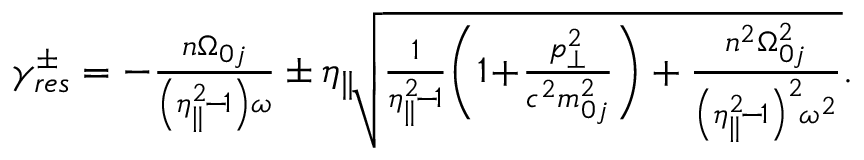
\begin{array} { r } { \gamma _ { r e s } ^ { \pm } = - \frac { n \Omega _ { 0 j } } { \left( \eta _ { \parallel } ^ { 2 } \! - \! 1 \right) \omega } \pm \eta _ { \parallel } \! \sqrt { \frac { 1 } { \eta _ { \parallel } ^ { 2 } \! - \! 1 } \! \left( 1 \! + \! \frac { p _ { \perp } ^ { 2 } } { c ^ { 2 } m _ { 0 j } ^ { 2 } } \right) + \frac { n ^ { 2 } \Omega _ { 0 j } ^ { 2 } } { \left( \eta _ { \parallel } ^ { 2 } \! - \! 1 \right) ^ { 2 } \! \omega ^ { 2 } } } . } \end{array}